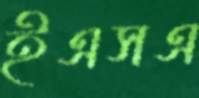
ইএসএ